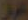
عراق